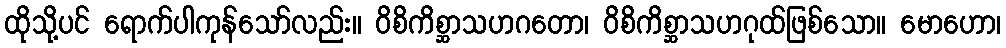
ထိုသို့ပင် ရောက်ပါကုန်သော်လည်း။ ဝိစိကိစ္ဆာသဟဂတော၊ ဝိစိကိစ္ဆာသဟဂုထ်ဖြစ်သော။ မောဟော၊